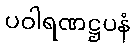
ပဝါရဏဋ္ဌပနံ